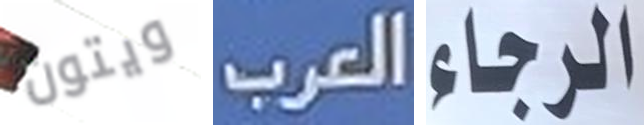
ويتون العرب الرجاء